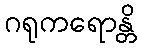
ဂရုကရောန္တိ